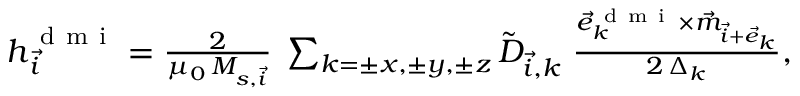
\begin{array} { r } { \boldsymbol { h } _ { \vec { i } } ^ { \mathrm { ~ d ~ m ~ i ~ } } = \frac { 2 } { \mu _ { 0 } \, M _ { s , \vec { i } } } \; \sum _ { k = \pm x , \pm y , \pm z } \tilde { D } _ { \vec { i } , k } \; \frac { \vec { e } _ { k } ^ { \mathrm { ~ d ~ m ~ i ~ } } \times \vec { m } _ { \vec { i } + \vec { e } _ { k } } } { 2 \, \Delta _ { k } } , } \end{array}